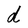
Character: d